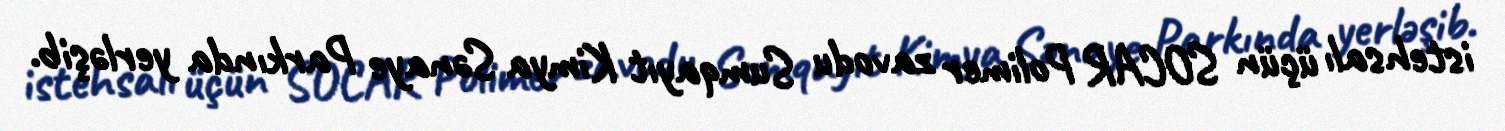
istehsalı üçün SOCAR Polimer zavodu Sumqayıt Kimya Sənaye Parkında yerləşib.